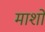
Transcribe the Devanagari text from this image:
माशो